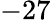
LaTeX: -27